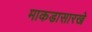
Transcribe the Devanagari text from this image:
माकडासारखे